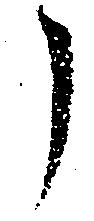
了